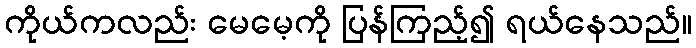
ကိုယ်ကလည်း မေမေ့ကို ပြန်ကြည့်၍ ရယ်နေသည်။